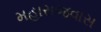
મહારાજવાસ